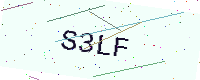
Text: S3LF